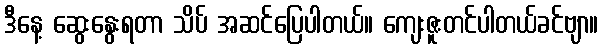
ဒီနေ့ ဆွေးနွေးရတာ သိပ် အဆင်ပြေပါတယ်။ ကျေးဇူးတင်ပါတယ်ခင်ဗျာ။